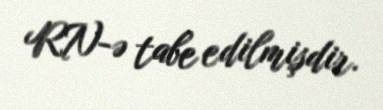
RN-ə tabe edilmişdir.